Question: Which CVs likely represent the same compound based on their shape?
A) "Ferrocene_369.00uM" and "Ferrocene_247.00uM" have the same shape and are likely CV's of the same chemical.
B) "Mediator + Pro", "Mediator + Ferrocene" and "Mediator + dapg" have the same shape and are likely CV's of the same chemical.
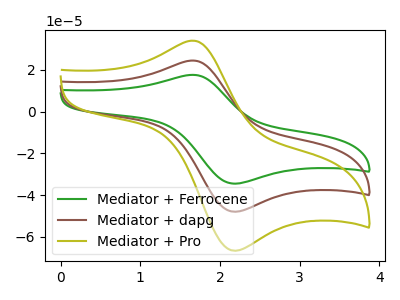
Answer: <think>The green curve "Mediator + Ferrocene" has an anodic peak at (1.65V, 48.85uA) and a cathodic peak at (2.20V, -95.80uA). The brown curve "Mediator + dapg" has an anodic peak at (1.65V, 24.45uA) and a cathodic peak at (2.20V, -47.90uA). The olive curve "Mediator + Pro" has an anodic peak at (1.65V, 33.95uA) and a cathodic peak at (2.20V, -66.60uA).
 All the peaks in "Mediator + Ferrocene" have a peak in "Mediator + dapg" at the same potential. Every peak in "Mediator + Ferrocene" is higher than every peak in "Mediator + dapg". All the peaks in "Mediator + Ferrocene" have a peak in "Mediator + Pro" at the same potential. Every peak in "Mediator + Ferrocene" is higher than every peak in "Mediator + Pro". All the peaks in "Mediator + dapg" have a peak in "Mediator + Pro" at the same potential. Every peak in "Mediator + dapg" is lower than every peak in "Mediator + Pro".</think>
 <answer>B) "Mediator + Pro", "Mediator + Ferrocene" and "Mediator + dapg" have the same shape and are likely CV's of the same chemical.</answer>
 <eval>B</eval>